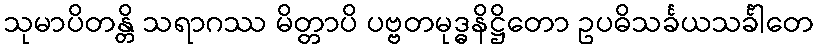
သုမာပိတန္တိ သရာဂဿ မိတ္တာပိ ပဗ္ဗတမုဒ္ဓနိဋ္ဌိတော ဥပဓိသင်္ခယသင်္ခါတေ